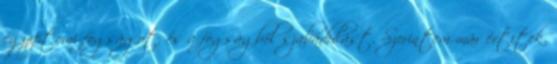
egyiptomi fogságot, és a fogságból szabadulást. Szerintem már értitek,